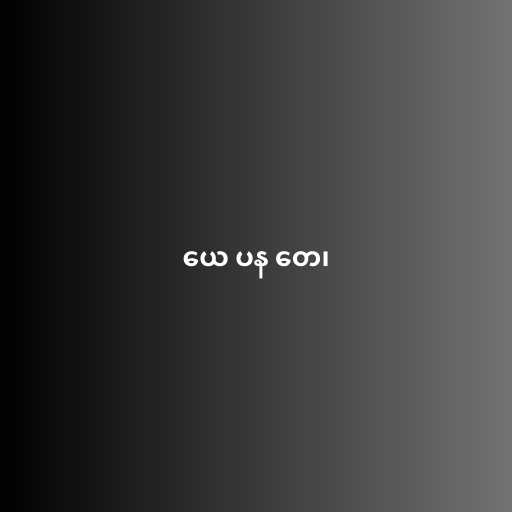
ယေ ပန တေ၊